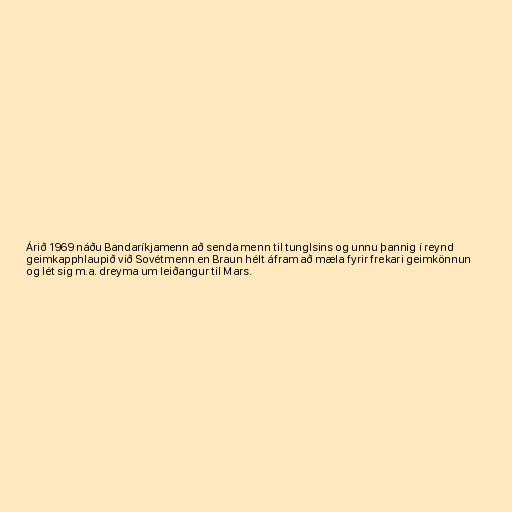
Árið 1969 náðu Bandaríkjamenn að senda menn til tunglsins og unnu þannig í reynd
geimkapphlaupið við Sovétmenn en Braun hélt áfram að mæla fyrir frekari geimkönnun
og lét sig m.a. dreyma um leiðangur til Mars.